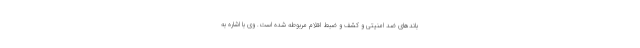
باندهای ضد امنیتی و کشف و ضبط اقلام مربوطه شده است. وی با اشاره به